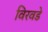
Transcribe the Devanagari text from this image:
विरवडे